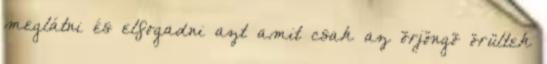
meglátni és elfogadni azt amit csak az õrjöngõ örültek